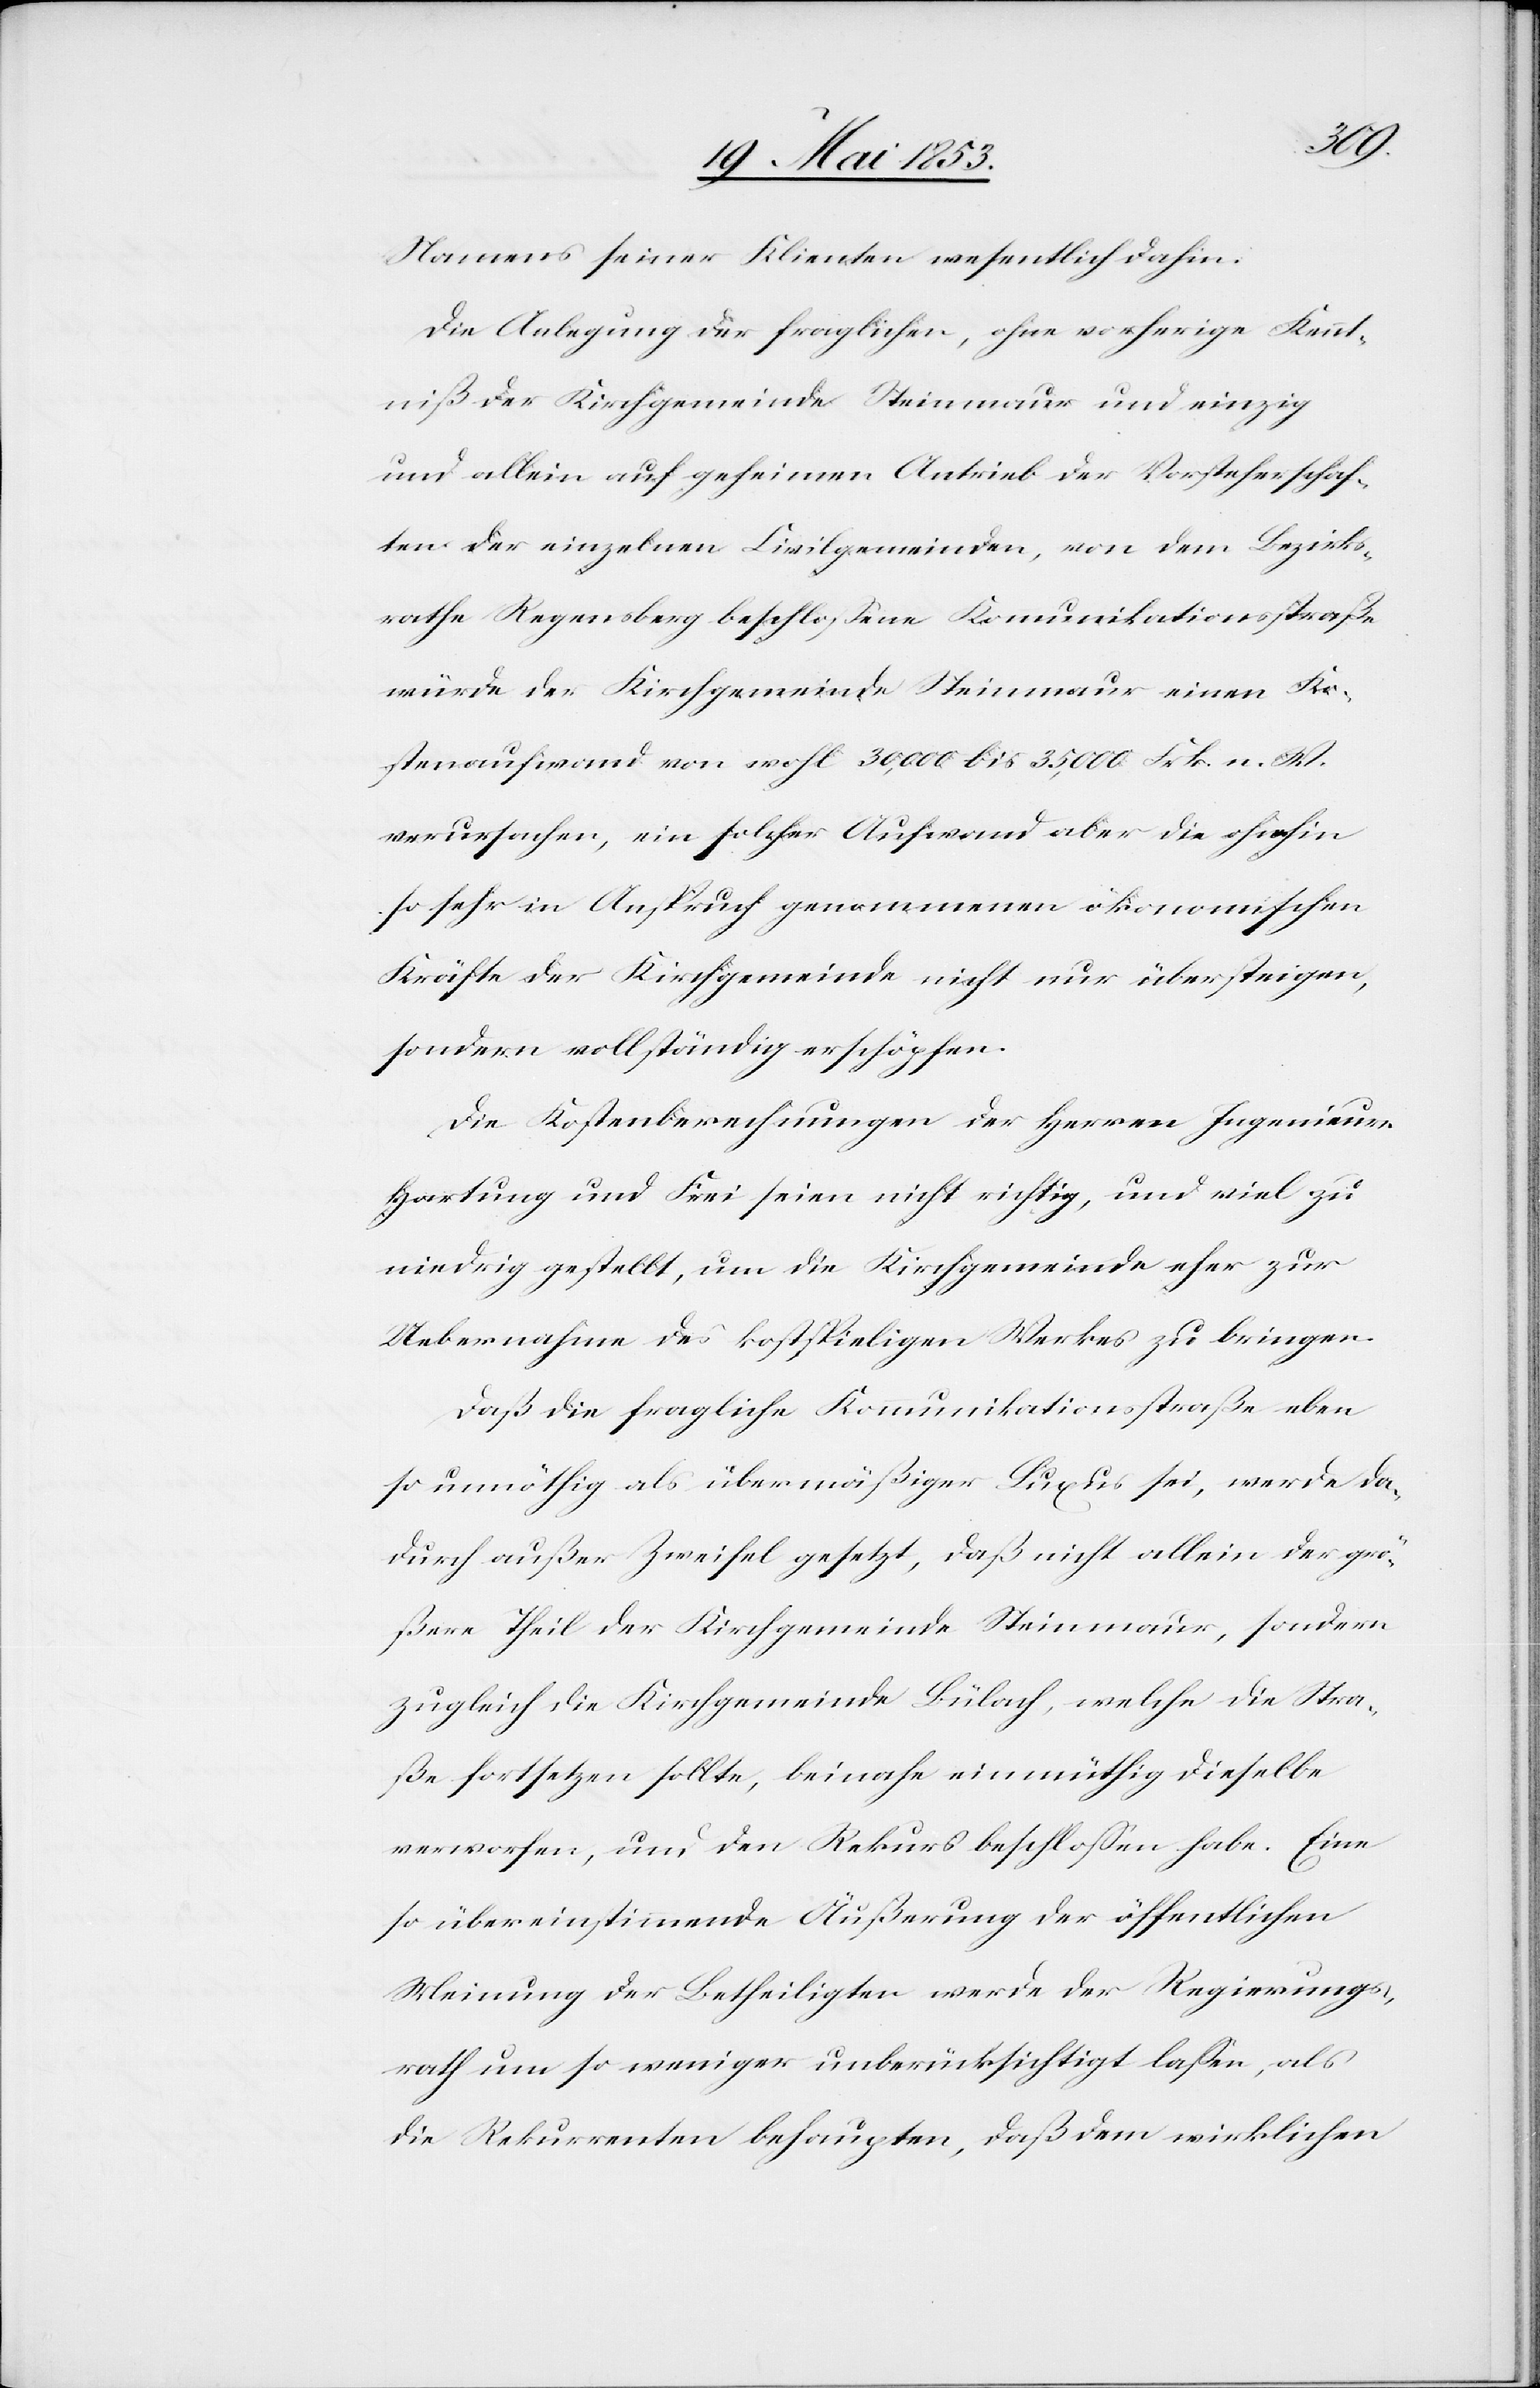
Namens seiner Klienten wesentlich dahin.
Die Anlegung der fraglichen, ohne vorherige Kennt¬
niß der Kirchgemeinde Steinmaur und einzig
und allein auf geheimen Antrieb der Vorsteherschaf¬
ten der einzelnen Civilgemeinden, von dem Bezirks¬
rathe Regensberg beschloßene Kommunikationsstraße
würde der Kirchgemeinde Steinmaur einen Ko¬
stenaufwand von wohl 30,000 bis 35,000 Frk. a. W.
verursachen, ein solcher Aufwand aber die ohnehin
so sehr in Anspruch genommenen ökonomischen
Kräfte der Kirchgemeinde nicht nur übersteigen,
sondern vollständig erschöpfen.
Die Kostenberechnungen der Herren Ingenieur
Hartung und Frei seien nicht richtig, und viel zu
niedrig gestellt, um die Kirchgemeinde eher zur
Uebernahme des kostspieligen Werkes zu bringen.
Daß die fragliche Kommunikationsstraße eben
so unnöthig als übermäßiger Luxus sei, werde da¬
durch außer Zweifel gesetzt, daß nicht allein der grö¬
ßere Theil der Kirchgemeinde Steinmaur, sondern
zugleich die Kirchgemeinde Bülach, welche die Stra¬
ße fortsetzen sollte, beinahe einmüthig dieselbe
verworfen, und den Rekurs beschloßen habe. Eine
so übereinstimmende Äußerung der öffentlichen
Meinung der Betheiligten werde der Regierungs¬
rath um so weniger unberücksichtigt laßen, als
die Rekurrenten behaupten, daß dem wirklichen